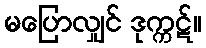
မပြောလျှင် ဒုက္ကဋ်။